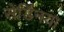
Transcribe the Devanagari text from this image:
सेर्डिनया